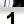
Digit: 1